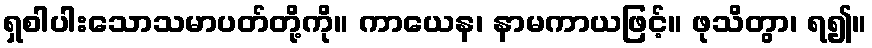
ရှစါပါးသောသမာပတ်တို့ကို။ ကာယေန၊ နာမကာယဖြင့်။ ဖုသိတွာ၊ ရ၍။